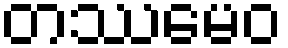
တဿမေဝ